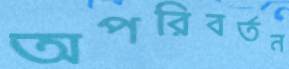
অপরিবর্তন